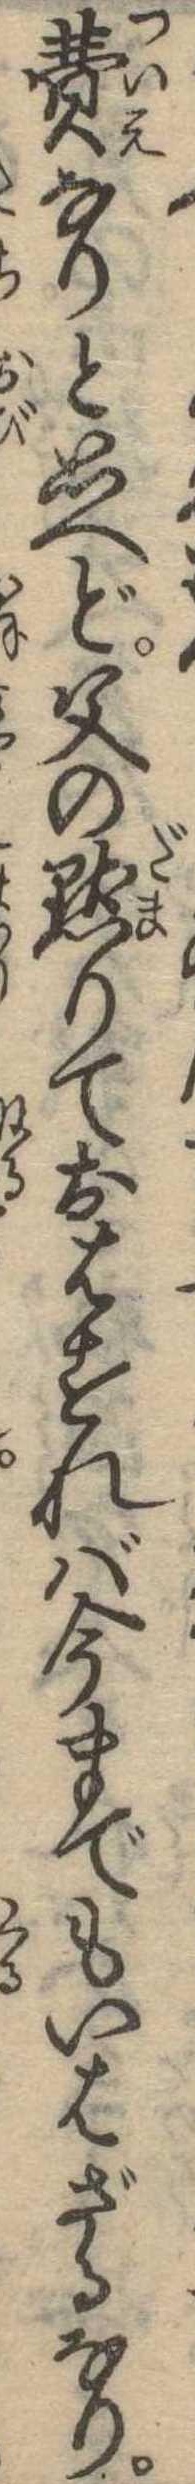
費なりと思へど父の黙りておはすれば今までもいはざるなり